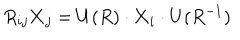
R _ { i j } { \bf X } _ { j } = U ( R ) \cdot { \bf X } _ { i } \cdot U ( R ^ { - 1 } )